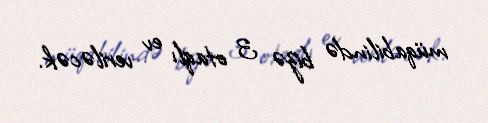
müqabilində bizə 3 otaqlı ev veriləcək.